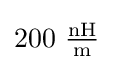
200{\text{ }}{\tfrac {\text{nH}}{\text{m}}}